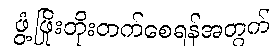
ဖွံ့ဖြိုးတိုးတက်စေရန်အတွက်